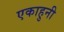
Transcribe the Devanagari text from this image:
एकाहुनी